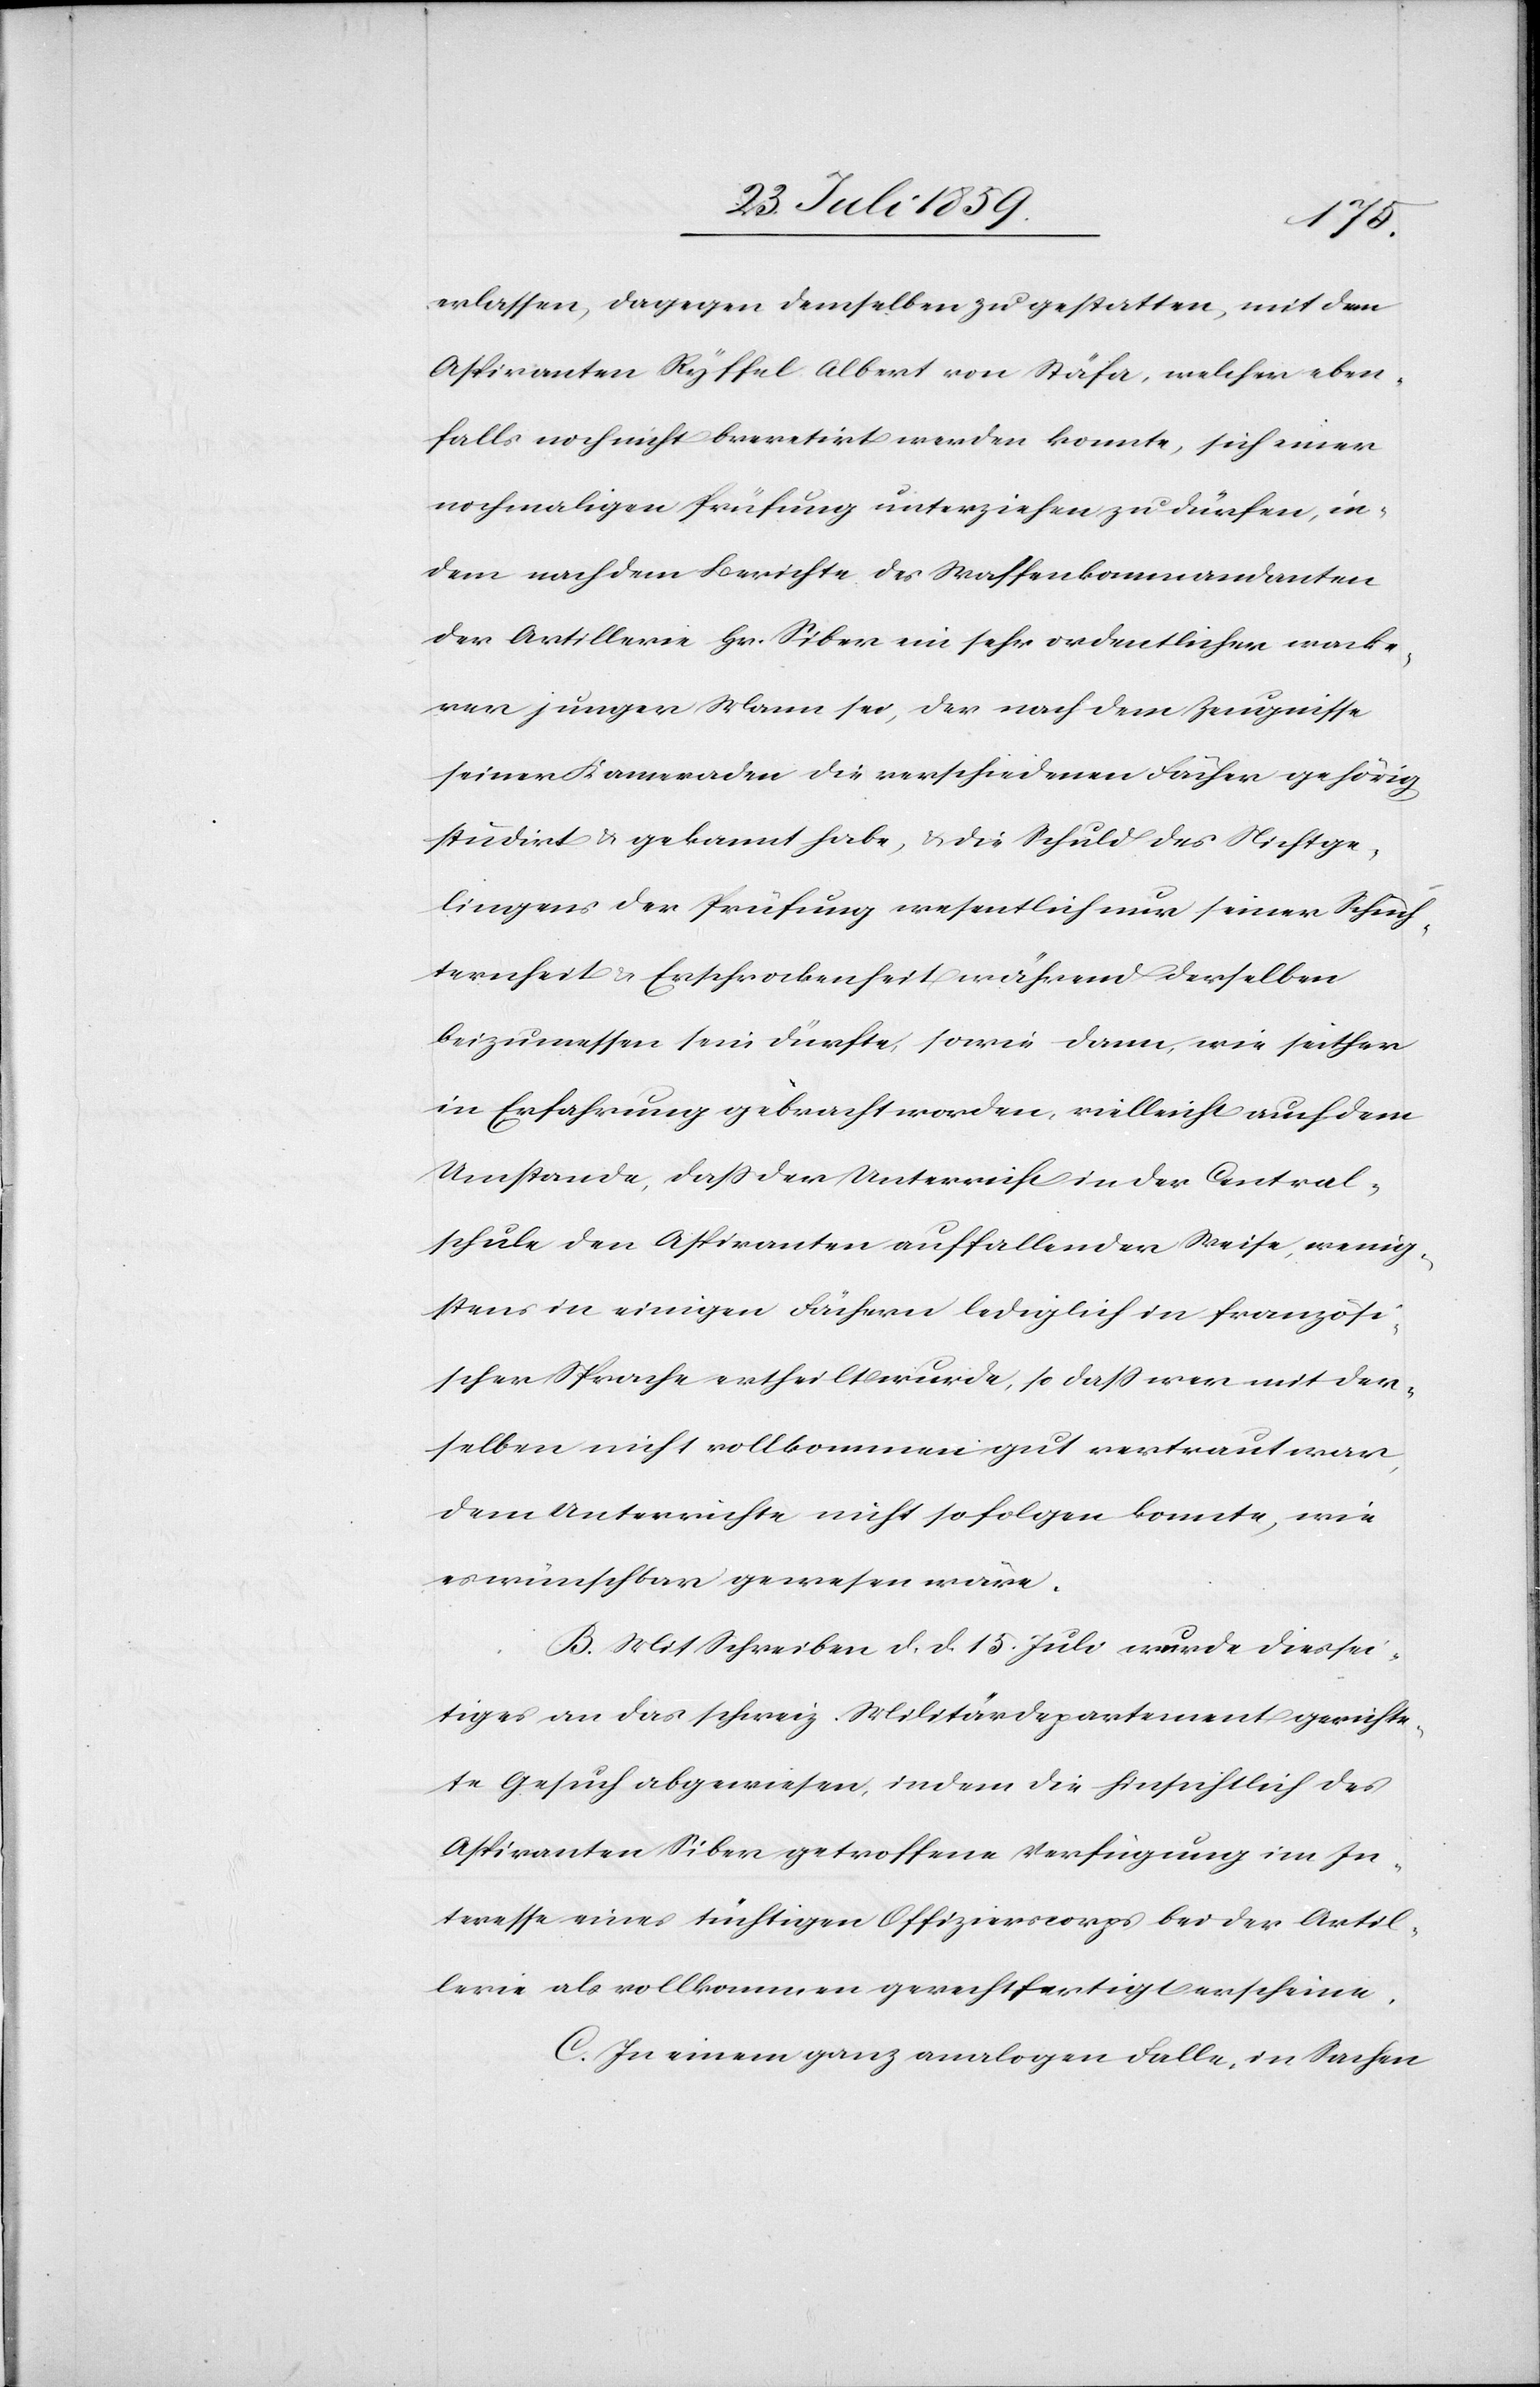
erlassen, dagegen demselben zu gestatten, mit den
Aspiranten Ryffel Albert von Stäfa, welcher eben¬
falls noch nicht brevetirt werden konnte, sich einer
nochmaligen Prüfung unterziehen zu dürfen, in¬
dem nachdem Berichte des Waffenkommandanten
der Artillerie Hr. Siber ein sehr ordentlicher wacke¬
rer junger Mann sei, der nach dem Zeugnisse
seiner Kameraden die verschiedenen Fächer gehörig
studirt u. gekannt habe, u. die Schuld des Nichtge¬
lingens der Prüfung wesentlich nur seiner Schüch¬
ternheit u. Erschrockenheit während derselben
beizumessen sein dürfte, sowie dann, wie seither
in Erfahrung gebracht worden, vielleicht auf dem
Umstande, daß der Unterricht in der Central¬
schule den Aspiranten auffallender Weise, wenig¬
stens in einigen Fächern lediglich in französi¬
scher Sprache ertheilt wurde, so daß wer mit der¬
selben nicht vollkommen gut vertraut war,
dem Unterrichte nicht so folgen konnte, wie
es wünschbar gewesen wäre.
B. Mit Schreiben d. d. 15. Juli wurde diessei¬
tiges an das schweiz. Militärdepartement gerichte¬
te Gesuch abgewiesen, indem die hinsichtlich des
Aspiranten Siber getroffene Verfügung im In¬
teresse eines tüchtigen Offizierscorps bei der Artil¬
lerie als vollkommen gerechtfertigt erscheine.
C. In einem ganz analogen Falle, in Sachen